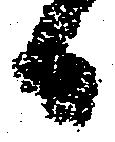
日